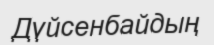
Дүйсенбайдың